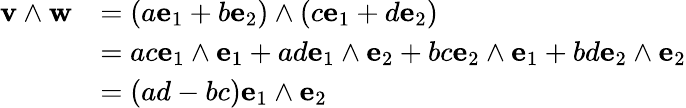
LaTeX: {\begin{array}{rl}{\mathbf{v}\wedge\mathbf{w}}&{=(a\mathbf{e}_{1}+b\mathbf{e}_{2})\wedge(c\mathbf{e}_{1}+d\mathbf{e}_{2})}\\ &{=ac\mathbf{e}_{1}\wedge\mathbf{e}_{1}+ad\mathbf{e}_{1}\wedge\mathbf{e}_{2}+bc\mathbf{e}_{2}\wedge\mathbf{e}_{1}+bd\mathbf{e}_{2}\wedge\mathbf{e}_{2}}\\ &{=\left(ad-bc\right)\mathbf{e}_{1}\wedge\mathbf{e}_{2}}\end{array}}